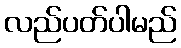
လည်ပတ်ပါမည်